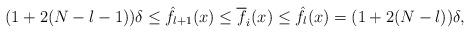
LaTeX: \begin{align*}(1+2(N-l-1))\delta\leq \hat f_{l+1}(x)\leq \overline f_{i}(x)\leq \hat f_{l}(x)=(1+2(N-l))\delta,\end{align*}